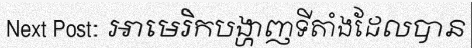
Next Post: អាមេរិកបង្ហាញទីតាំងដែលបាន